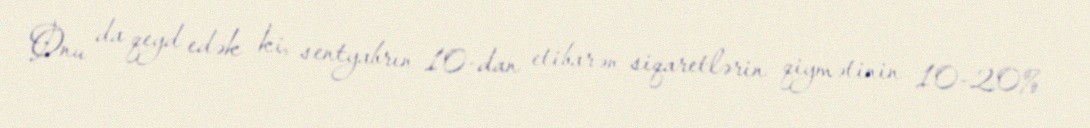
Onu da qeyd edək ki, sentyabrın 10-dan etibarən siqaretlərin qiymətinin 10-20%